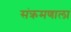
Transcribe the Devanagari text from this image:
संक्रमणाला